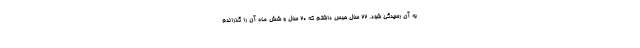
به آن رسیدگی شود. ۲۲ سال حبس داشتم که ۲۰ سال و شش ماه آن را گذراندم